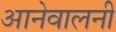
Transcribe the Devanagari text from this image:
आनेवालनी